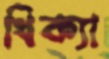
থিক্যা